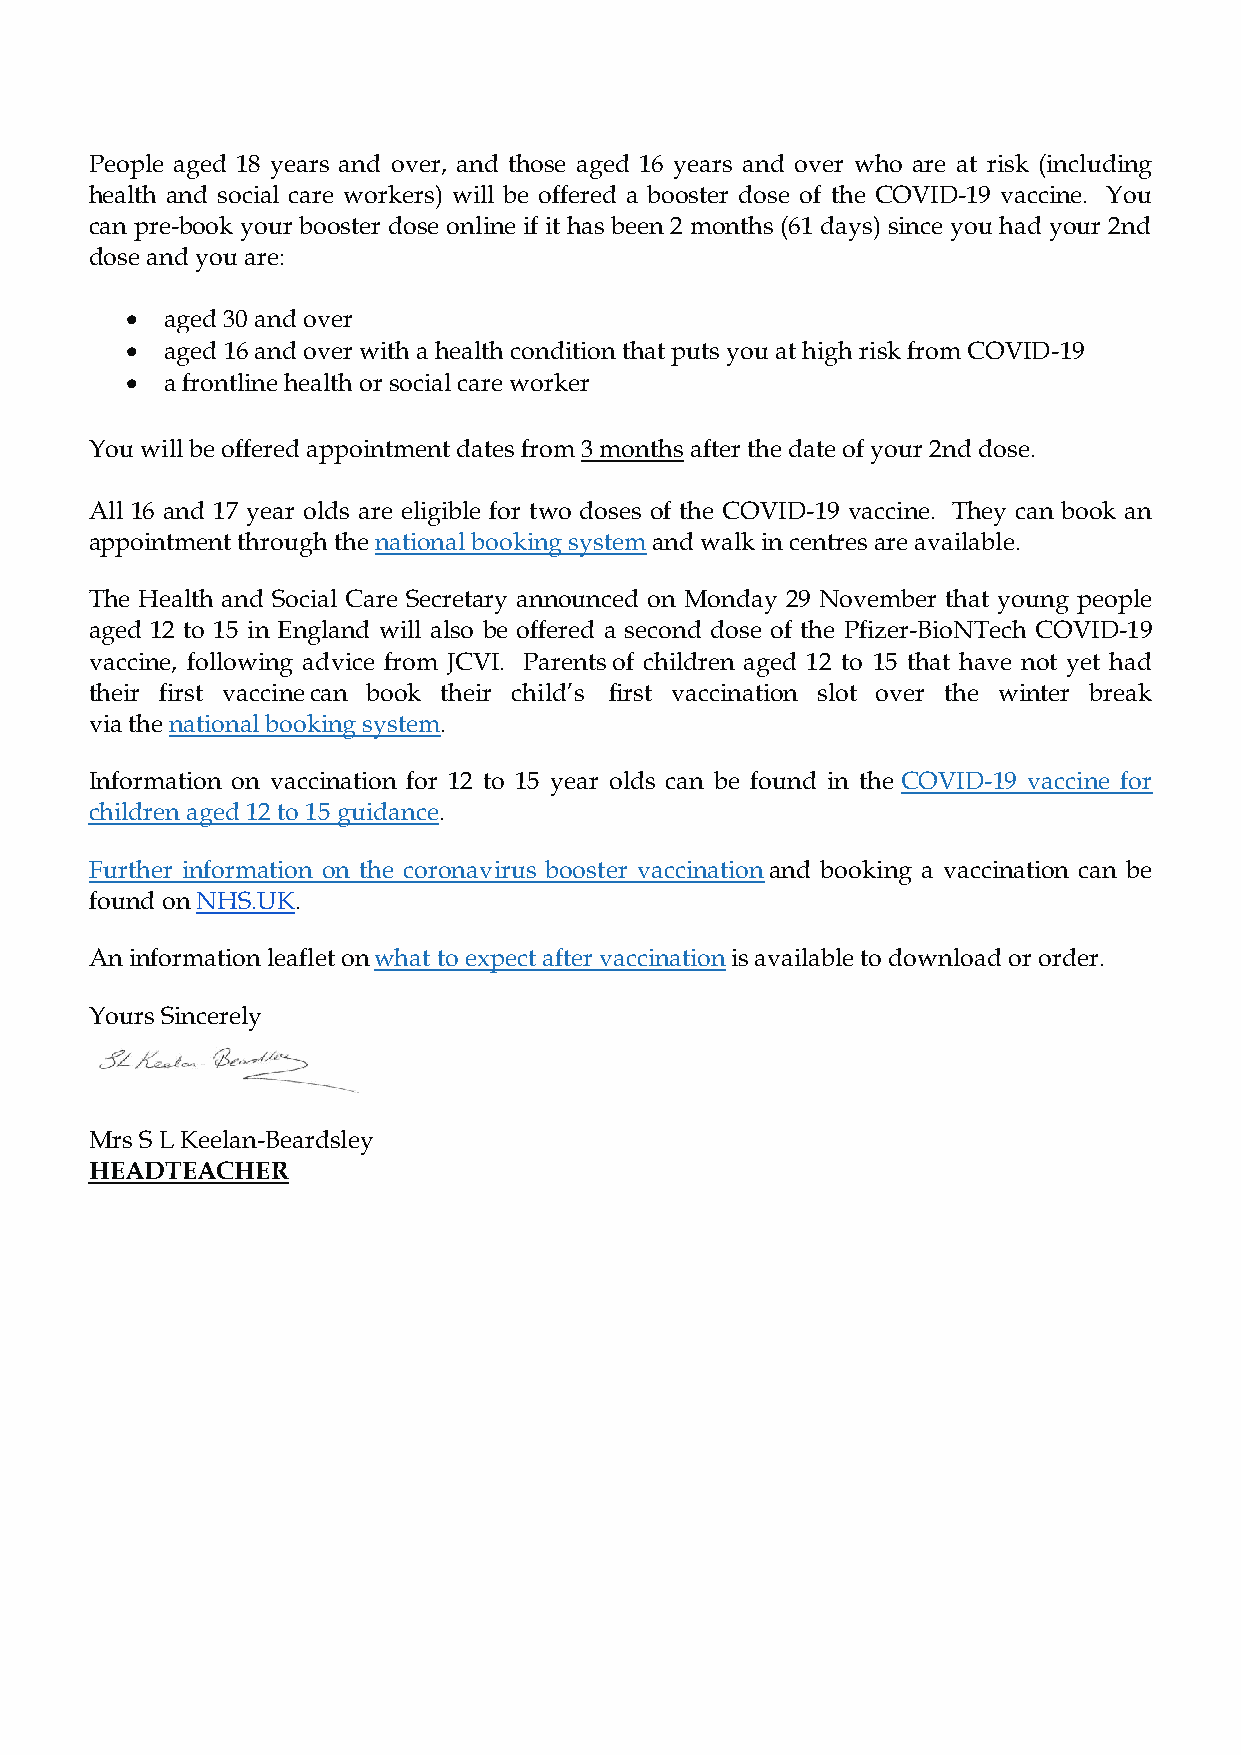
People aged 18 years and over, and those aged 16 years and over who are at risk (including
 health and social care workers) will be offered a booster dose of the COVID-19 vaccine. You
 can pre-book your booster dose online if it has been 2 months (61 days) since you had your 2nd
 dose and you are:
   aged 30 and over
   aged 16 and over with a health condition that puts you at high risk from COVID-19
   a frontline health or social care worker
 You will be offered appointment dates from 3 months after the date of your 2nd dose.
 All 16 and 17 year olds are eligible for two doses of the COVID-19 vaccine. They can book an
 appointment through the national booking system and walk in centres are available.
 The Health and Social Care Secretary announced on Monday 29 November that young people
 aged 12 to 15 in England will also be offered a second dose of the Pfizer-BioNTech COVID-19
 vaccine, following advice from JCVI. Parents of children aged 12 to 15 that have not yet had
 their first vaccine can book their child’s first vaccination slot over the winter break
 via the national booking system.
 Information on vaccination for 12 to 15 year olds can be found in the COVID-19 vaccine for
 children aged 12 to 15 guidance.
 Further information on the coronavirus booster vaccination and booking a vaccination can be
 found on NHS.UK.
 An information leaflet on what to expect after vaccination is available to download or order.
 Yours Sincerely
 Mrs S L Keelan-Beardsley
 HEADTEACHER